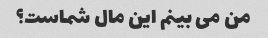
من می بینم این مال شماست؟